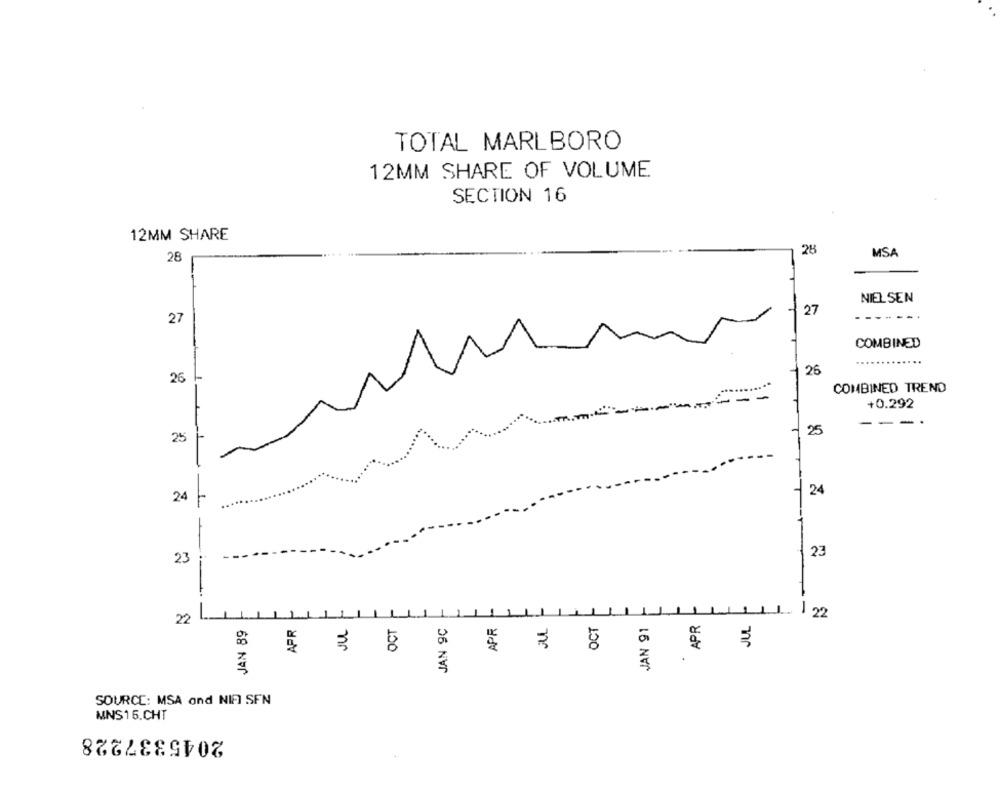
TOTAL MARLBORO
12MM SHARE OF VOLUME
SECTION 16
12MM SHARE
28
MSA
28
NIELSEN
27
-----.
27
COMBINED
26
26
COMBINED TREND
--
+0.292
---.
25
25
T
24
24
23
23
APR
OCT
JAN 91
APR
_ 22
22
JAN 89
PR
OCT
JAN 9C
JUL
SOURCE: MSA and NIFI SFN
MNS15.CHT
2045337228